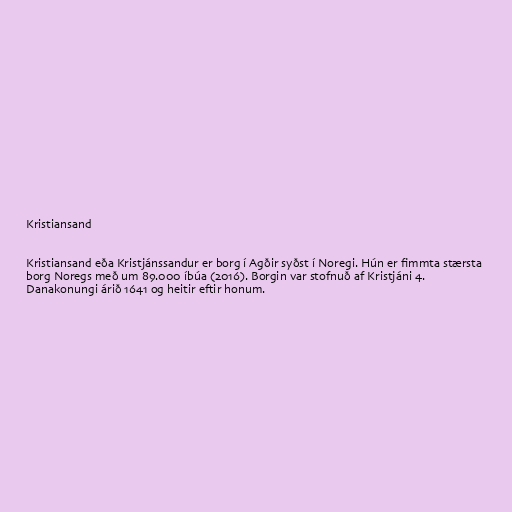
Kristiansand

Kristiansand eða Kristjánssandur er borg í Agðir syðst í Noregi. Hún er fimmta stærsta
borg Noregs með um 89.000 íbúa (2016). Borgin var stofnuð af Kristjáni 4.
Danakonungi árið 1641 og heitir eftir honum.